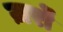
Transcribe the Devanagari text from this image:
ज़र्रों